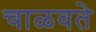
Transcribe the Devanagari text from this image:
चाळवते